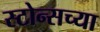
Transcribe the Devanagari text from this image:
स्टोन्सच्या